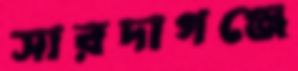
সারদাগঞ্জে